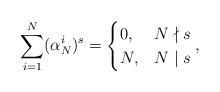
LaTeX: \begin{align*} \sum_{i=1}^N(\alpha_N^i)^s= \begin{cases} 0, &N\nmid s \\ N,& N \mid s\end{cases},\end{align*}